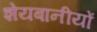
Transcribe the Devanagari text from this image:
शेयबानीयों